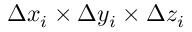
\Delta x _ { i } \times \Delta y _ { i } \times \Delta z _ { i }